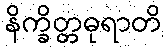
နိက္ခိတ္တဓုရာတိ